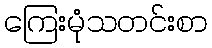
ကြေးမုံသတင်းစာ